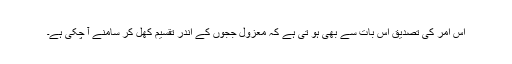
اس امر کی تصدیق اس بات سے بھی ہو تی ہے کہ معزول ججوں کے اندر تقسیم کھل کر سامنے آ چکی ہے۔